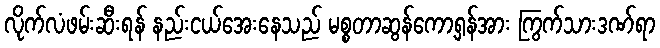
လိုက်လံဖမ်းဆီးရန် နည်းငယ်အေးနေသည် မစ္စတာဆွန်ကော့ရှန်အား ကြွက်သားဒဏ်ရာ